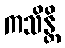
ကသိန္တိ